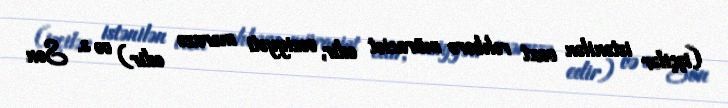
(işçilər istənilən vaxt rəhbərə müraciət edir, vəziyyəti məruzə edir) və s. Son